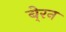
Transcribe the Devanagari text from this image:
बे्रन